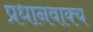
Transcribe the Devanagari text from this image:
प्रधानवाक्य